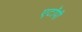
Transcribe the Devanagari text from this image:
एटॉपी